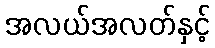
အလယ်အလတ်နှင့်